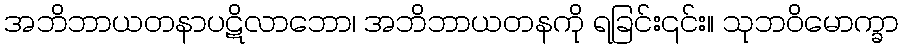
အဘိဘာယတနာပဋိလာဘော၊ အဘိဘာယတနကို ရခြင်း၎င်း။ သုဘဝိမောက္ခာ